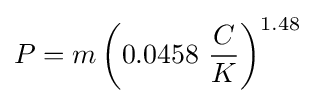
P=m\left(0.0458\ {\frac {C}{K}}\right)^{1.48}